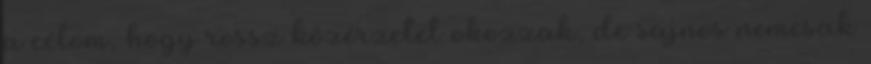
a célom, hogy rossz közérzetet okozzak, de sajnos nemcsak